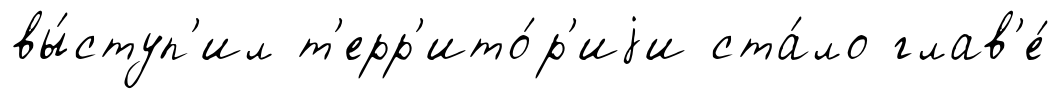
вы́ступ'ил т'ерр'ито́р'иjи ста́ло глав'е́